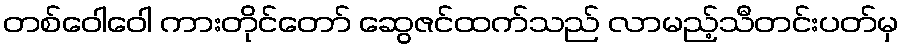
တစ်ဝေါဝေါ ကားတိုင်တော် ဆွေဇင်ထက်သည် လာမည့်သီတင်းပတ်မှ